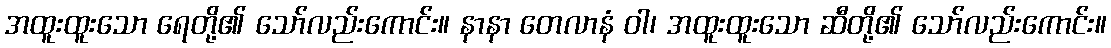
အထူးထူးသော ရေတို့၏ သော်လည်းကောင်း။ နာနာ တေလာနံ ဝါ၊ အထူးထူးသော ဆီတို့၏ သော်လည်းကောင်း။